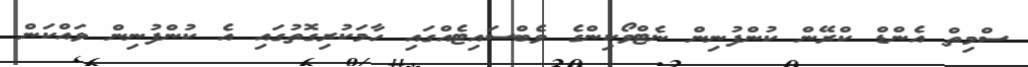
ސްމިތް އެންޑް ކްރޭން ކުންފުނިން ނެޓްވޯކިންގެ ވެބްސައިޓެއްގައި ހާމަކުރިގޮތުގައި އެ ކުންފުނިން ވައްކަން